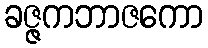
ခဇ္ဇကဘာဇကော